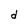
Character: d